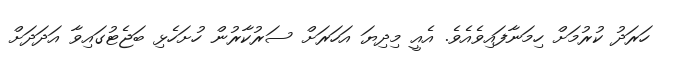
ހަރަދު ކުރުމަށް ހިމަނާފައިވެއެވެ. އެއީ މިދިޔަ އަހަރަށް ސަރުކާރުން ހުށަހެޅި ބަޖެޓުގައިވާ އަދަދަށް